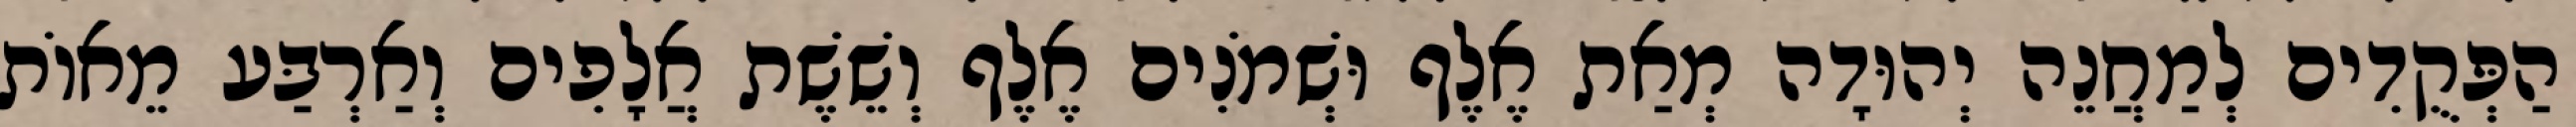
הַפְּקֻדִים לְמַחֲנֵה יְהוּדָה מְאַת אֶלֶף וּשְׁמֹנִים אֶלֶף וְשֵׁשֶׁת אֲלָפִים וְאַרְבַּע מֵאוֹת